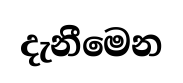
දැනීමෙන